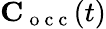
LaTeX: \mathbf C_{\mathrm{~o~c~c~}}(t)